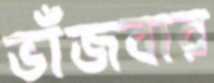
ভাঁজবার